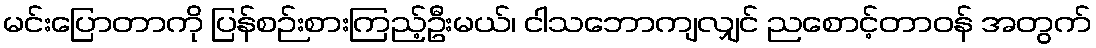
မင်းပြောတာကို ပြန်စဉ်းစားကြည့်ဦးမယ်၊ ငါသဘောကျလျှင် ညစောင့်တာဝန် အတွက်